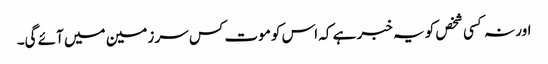
اور نہ کسی شخص کو یہ خبر ہے کہ اس کو موت کس سر زمین میں آئے گی۔